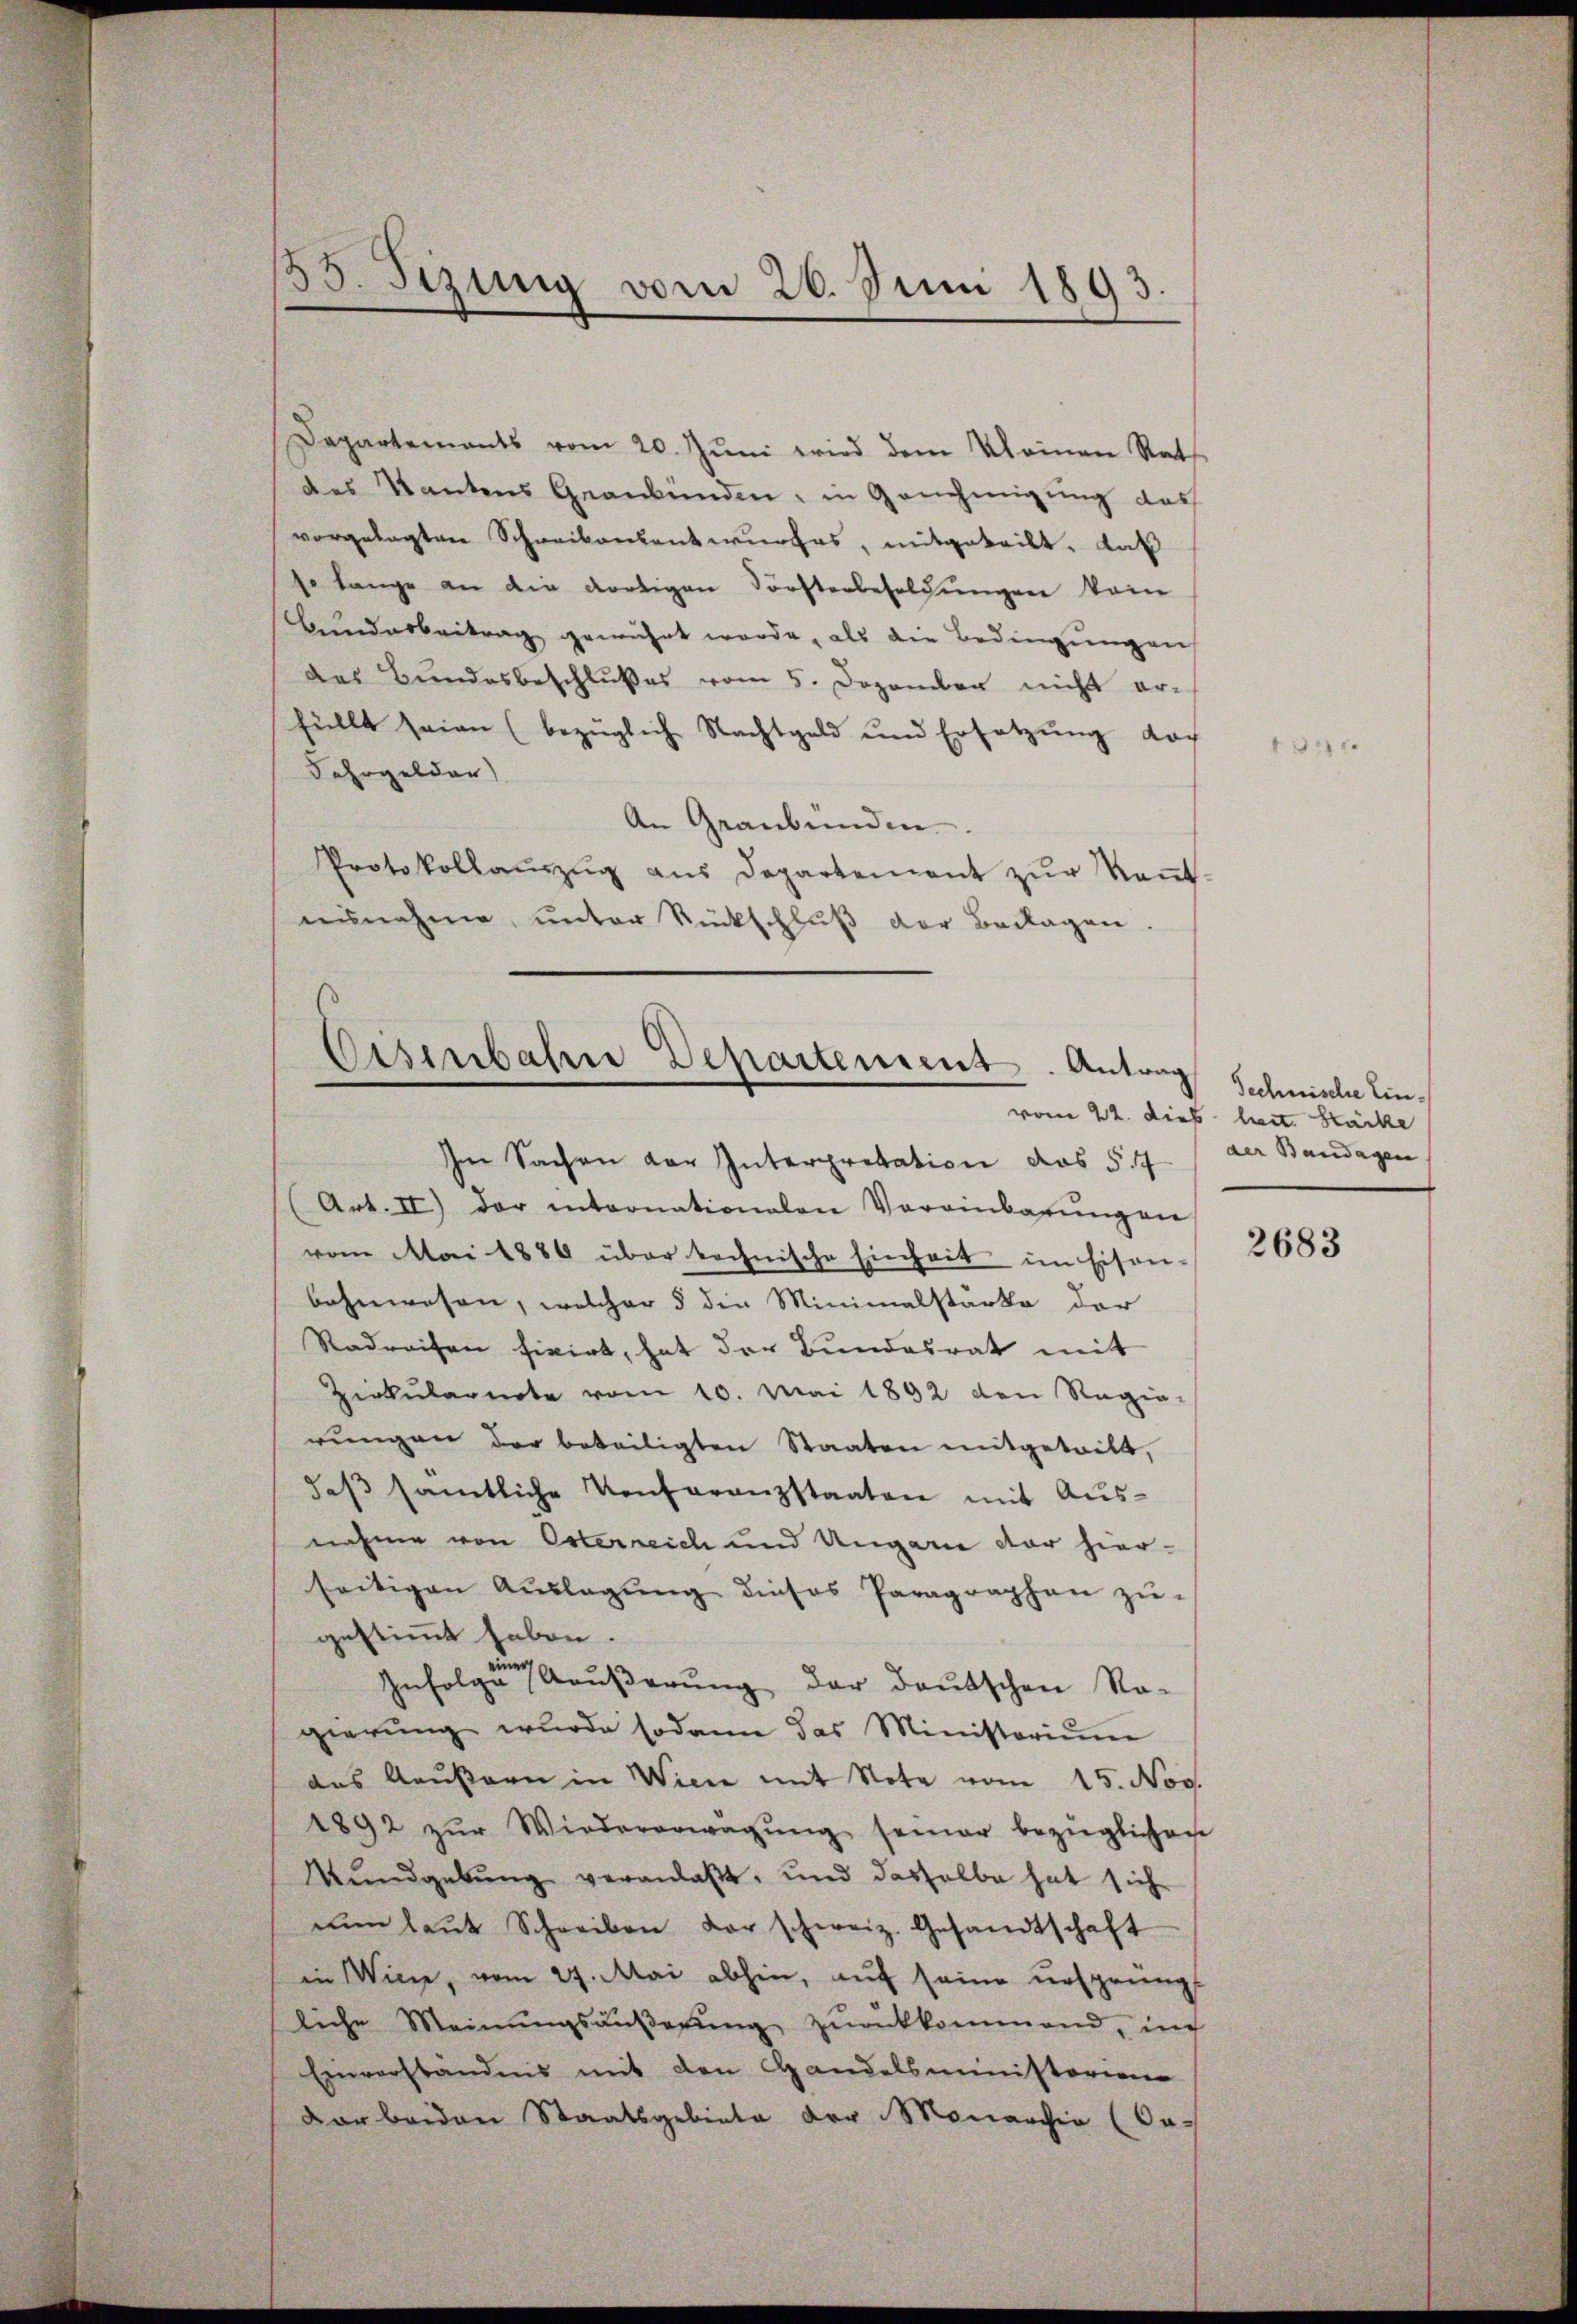
33. Sizung vom 26. Juni 1893.

Departements vom 20. Jŭni wird dem Kleinen Rath
des Tantens Graubünden, in Genehmigung das
vorgelegten Schreiberkantwurfes, mitgeteilt, daß
so lange an die dortigen Forsterbesoldungen kein
ŭndarbeitrag gewährt werde, als die Bedingungen
Das Bundesbeschlußes vom 5. Dezember nicht erfüllt seien (bezüglich Nachtgeld und Ersatzung doch
Fehrgelder)
An Graubünden.
Protokollaŭszŭg aŭs Departement zŭr Keṅt-
ausnahme, unter Rückschluß der Beilagen

Eisenbahne Departement. Antrag

Im Sachen der Interpretation das 54
(Art. II) der internationalen Vereinbarŭng an
vom Mai 1884 über technische Einheit im Eisen-
bahnwesen, welcher 5 die Minimalstarke der
Radreisen fixirt, hat der Bundesrat mit
Zirkŭlagerte vom 10. Mai 1892 den Ragia-
rŭngen der beteiligten Staaten mitgetrett,
daβ sämtliche Konferenzstaaten mit Ausnahme von Österreich und Ungarn der hier-
seitigen Aŭslagŭng dieses Paragraphen zŭ-
gestimmt haben.
.
Infolge Aŭβerŭng der deutschen No-
gierŭng wurde sodann das Ministoriŭm
das Aeußern in Wien mit Note vom 15. Nov.
1892 zŭr Wiedererwägŭng seiner bezüglichen
Mŭndgebŭng veranlaßt, und deshalbe hat sich
nŭn laŭt Schreiben der schweiz. Gesandtschaft
in Wien, vom 29. Mai abhin, auf seine ursprungs
liche Meinŭngsäŭβerŭng zŭrückkommend, in
Einverständnis mit den Handelsministorien
dar beiden Staatsgebiete der Monarchia (Co¬

Technische Einvom 22. dies heit. Stärke
der Bandagen

2683